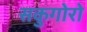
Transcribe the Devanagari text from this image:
सकुगोरो